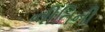
નીતિની